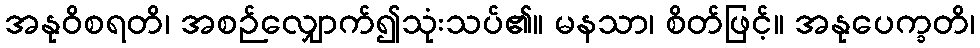
အနုဝိစရတိ၊ အစဉ်လျှောက်၍သုံးသပ်၏။ မနသာ၊ စိတ်ဖြင့်။ အနုပေက္ခတိ၊